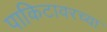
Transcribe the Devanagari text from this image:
पाकिटावरच्या